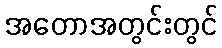
အတောအတွင်းတွင်